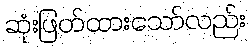
ဆုံးဖြတ်ထားသော်လည်း